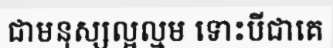
ជាមនុស្សល្អល្មម ទោះបីជាគេ